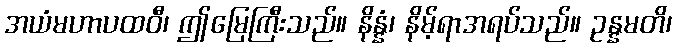
အယံမဟာပထဝီ၊ ဤမြေကြီးသည်။ နိန္နံ၊ နိမ့်ရာအရပ်သည်။ ဥန္နမတိ၊